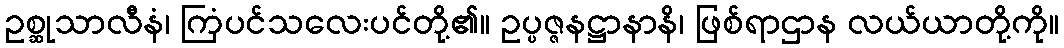
ဥစ္ဆုသာလီနံ၊ ကြံပင်သလေးပင်တို့၏။ ဥပ္ပဇ္ဇနဋ္ဌာနာနိ၊ ဖြစ်ရာဌာန လယ်ယာတို့ကို။